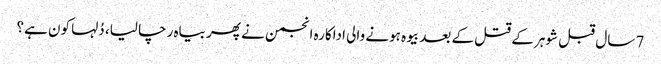
7 سال قبل شوہر کے قتل کے بعد بیوہ ہونے والی اداکارہ انجمن نے پھر بیاہ رچا لیا، دُلہا کون ہے؟